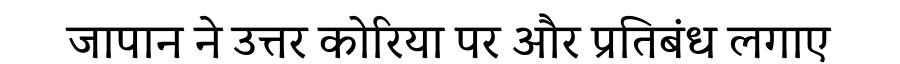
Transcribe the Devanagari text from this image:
जापान ने उत्तर कोरिया पर और प्रतिबंध लगाए